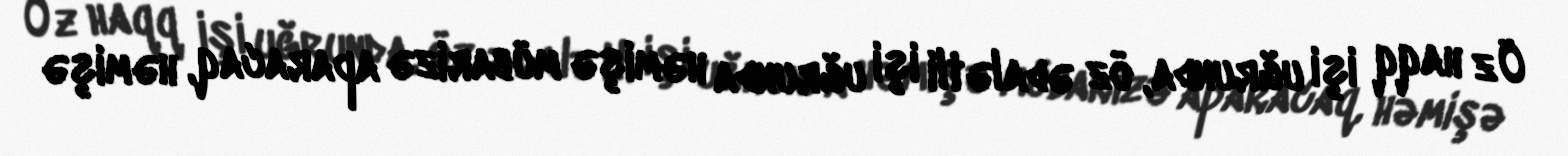
Öz haqq işi uğrunda, öz ədalətli işi uğrunda həmişə mübarizə aparacaq, həmişə